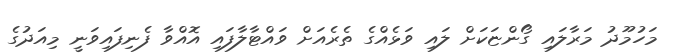
މަހުމޫދު މަރާލައި ގޯންޏަކަށް ލައި ވަޅެއްގެ ތެރެއަށް ވައްޓާލާފައި އޮއްވާ ފެނިފައިވަނީ މިއަދުގެ